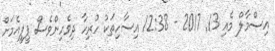
އިސްމާލް މެއި 13